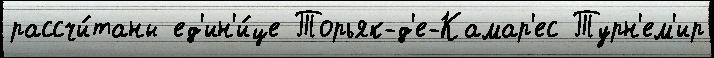
рассчи́таны ед'ин'и́це Торьяк-д'е-Камар'ес Турн'ем'ир